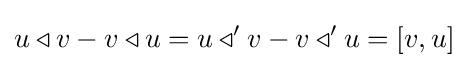
u\triangleleft v-v\triangleleft u=u\triangleleft 'v-v\triangleleft 'u=[v,u]